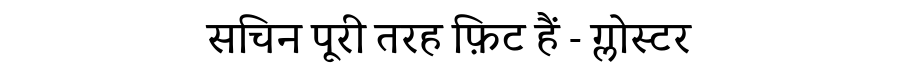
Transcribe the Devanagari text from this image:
सचिन पूरी तरह फ़िट हैं - ग्लोस्टर